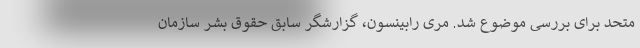
متحد برای بررسی موضوع شد. مری رابینسون، گزارشگر سابق حقوق بشر سازمان